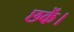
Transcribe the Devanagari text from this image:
छकें।